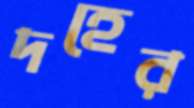
দহের